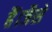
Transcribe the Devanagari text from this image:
हैं।जैसे